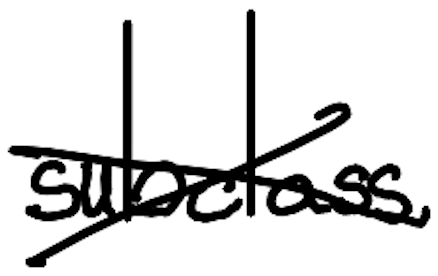
Text: subclass
Cross-out: cross
Writing tool: digital_black